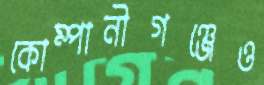
কোম্পানীগঞ্জেও